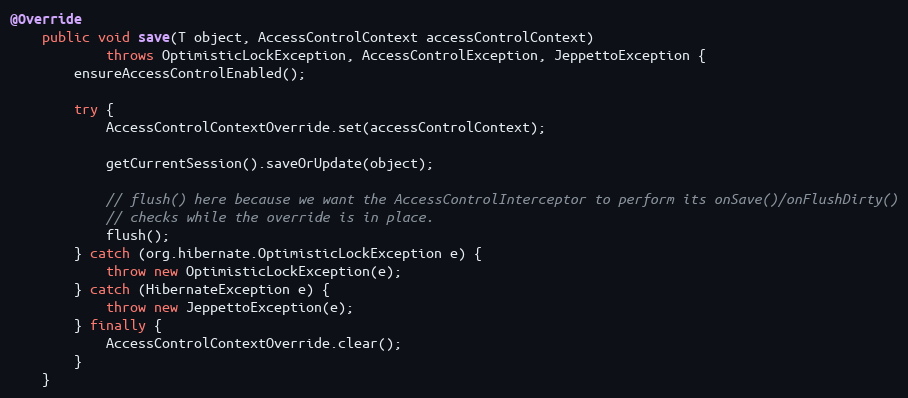
Language: Java
@Override
    public void save(T object, AccessControlContext accessControlContext)
            throws OptimisticLockException, AccessControlException, JeppettoException {
        ensureAccessControlEnabled();

        try {
            AccessControlContextOverride.set(accessControlContext);

            getCurrentSession().saveOrUpdate(object);

            // flush() here because we want the AccessControlInterceptor to perform its onSave()/onFlushDirty()
            // checks while the override is in place.
            flush();
        } catch (org.hibernate.OptimisticLockException e) {
            throw new OptimisticLockException(e);
        } catch (HibernateException e) {
            throw new JeppettoException(e);
        } finally {
            AccessControlContextOverride.clear();
        }
    }